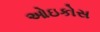
ઓઇકોસ